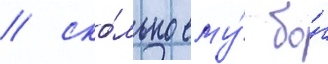
/ ско́лько ему́ бо́г